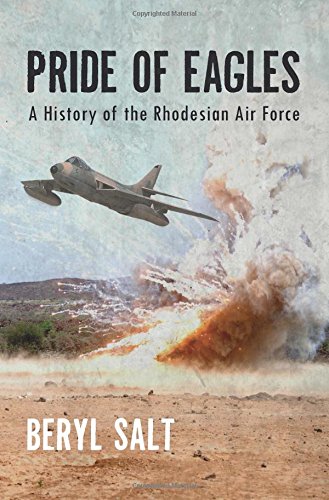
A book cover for A Pride of Eagles: A History of the Rhodesian Air Force; Beryl Salt; History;